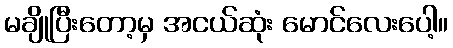
မချိုပြီးတော့မှ အငယ်ဆုံး မောင်လေးပေါ့။